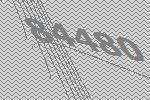
84480